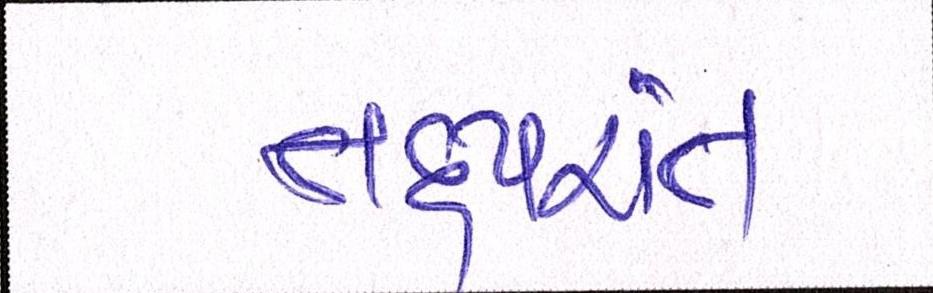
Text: તદુપરાંત